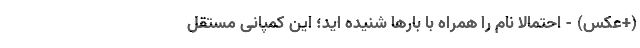
(+عکس) - احتمالا نام را همراه با بارها شنیده اید؛ این کمپانی مستقل